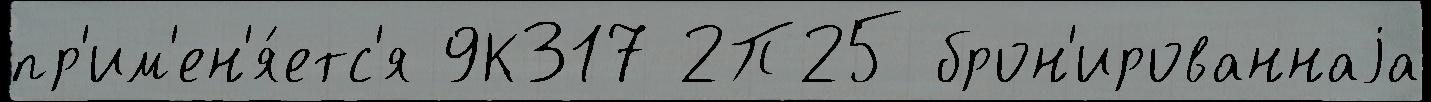
пр'им'ен'я́етс'я 9К317 2П25 брон'ированнаjа